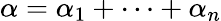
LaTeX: \alpha=\alpha_{1}+\cdots+\alpha_{n}